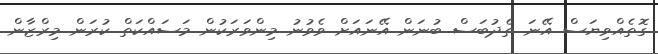
ގޮތެއްވިޔަސް އޭނަ ތެދުބަސް ބުނަން އޭނައަށް ވެވުނު މިންވަރަކުން މަސައްކަތް ކުރަން މިރްޒާން